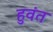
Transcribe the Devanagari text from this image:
हुवंत